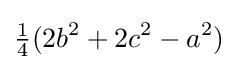
{\tfrac {1}{4}}(2b^{2}+2c^{2}-a^{2})